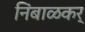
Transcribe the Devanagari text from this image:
निंबाळकर्